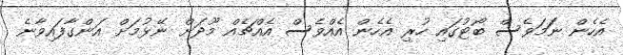
އެހެން ނަަމަވެސް ބޯޓުގައި ހުރި އެހެން އެއްވެސް އެއްޗެއް މޫދަށް ނޭޅުމަށް އަންގާފައިވާނެ